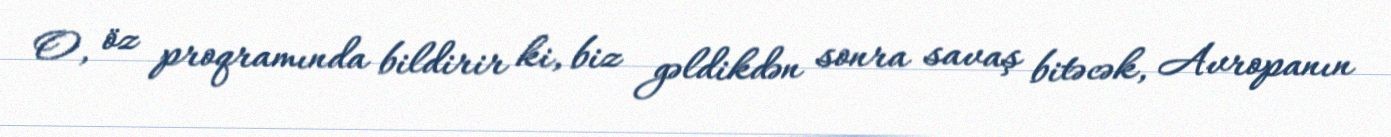
O, öz proqramında bildirir ki, biz gəldikdən sonra savaş bitəcək, Avropanın